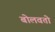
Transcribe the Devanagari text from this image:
बोलवतो